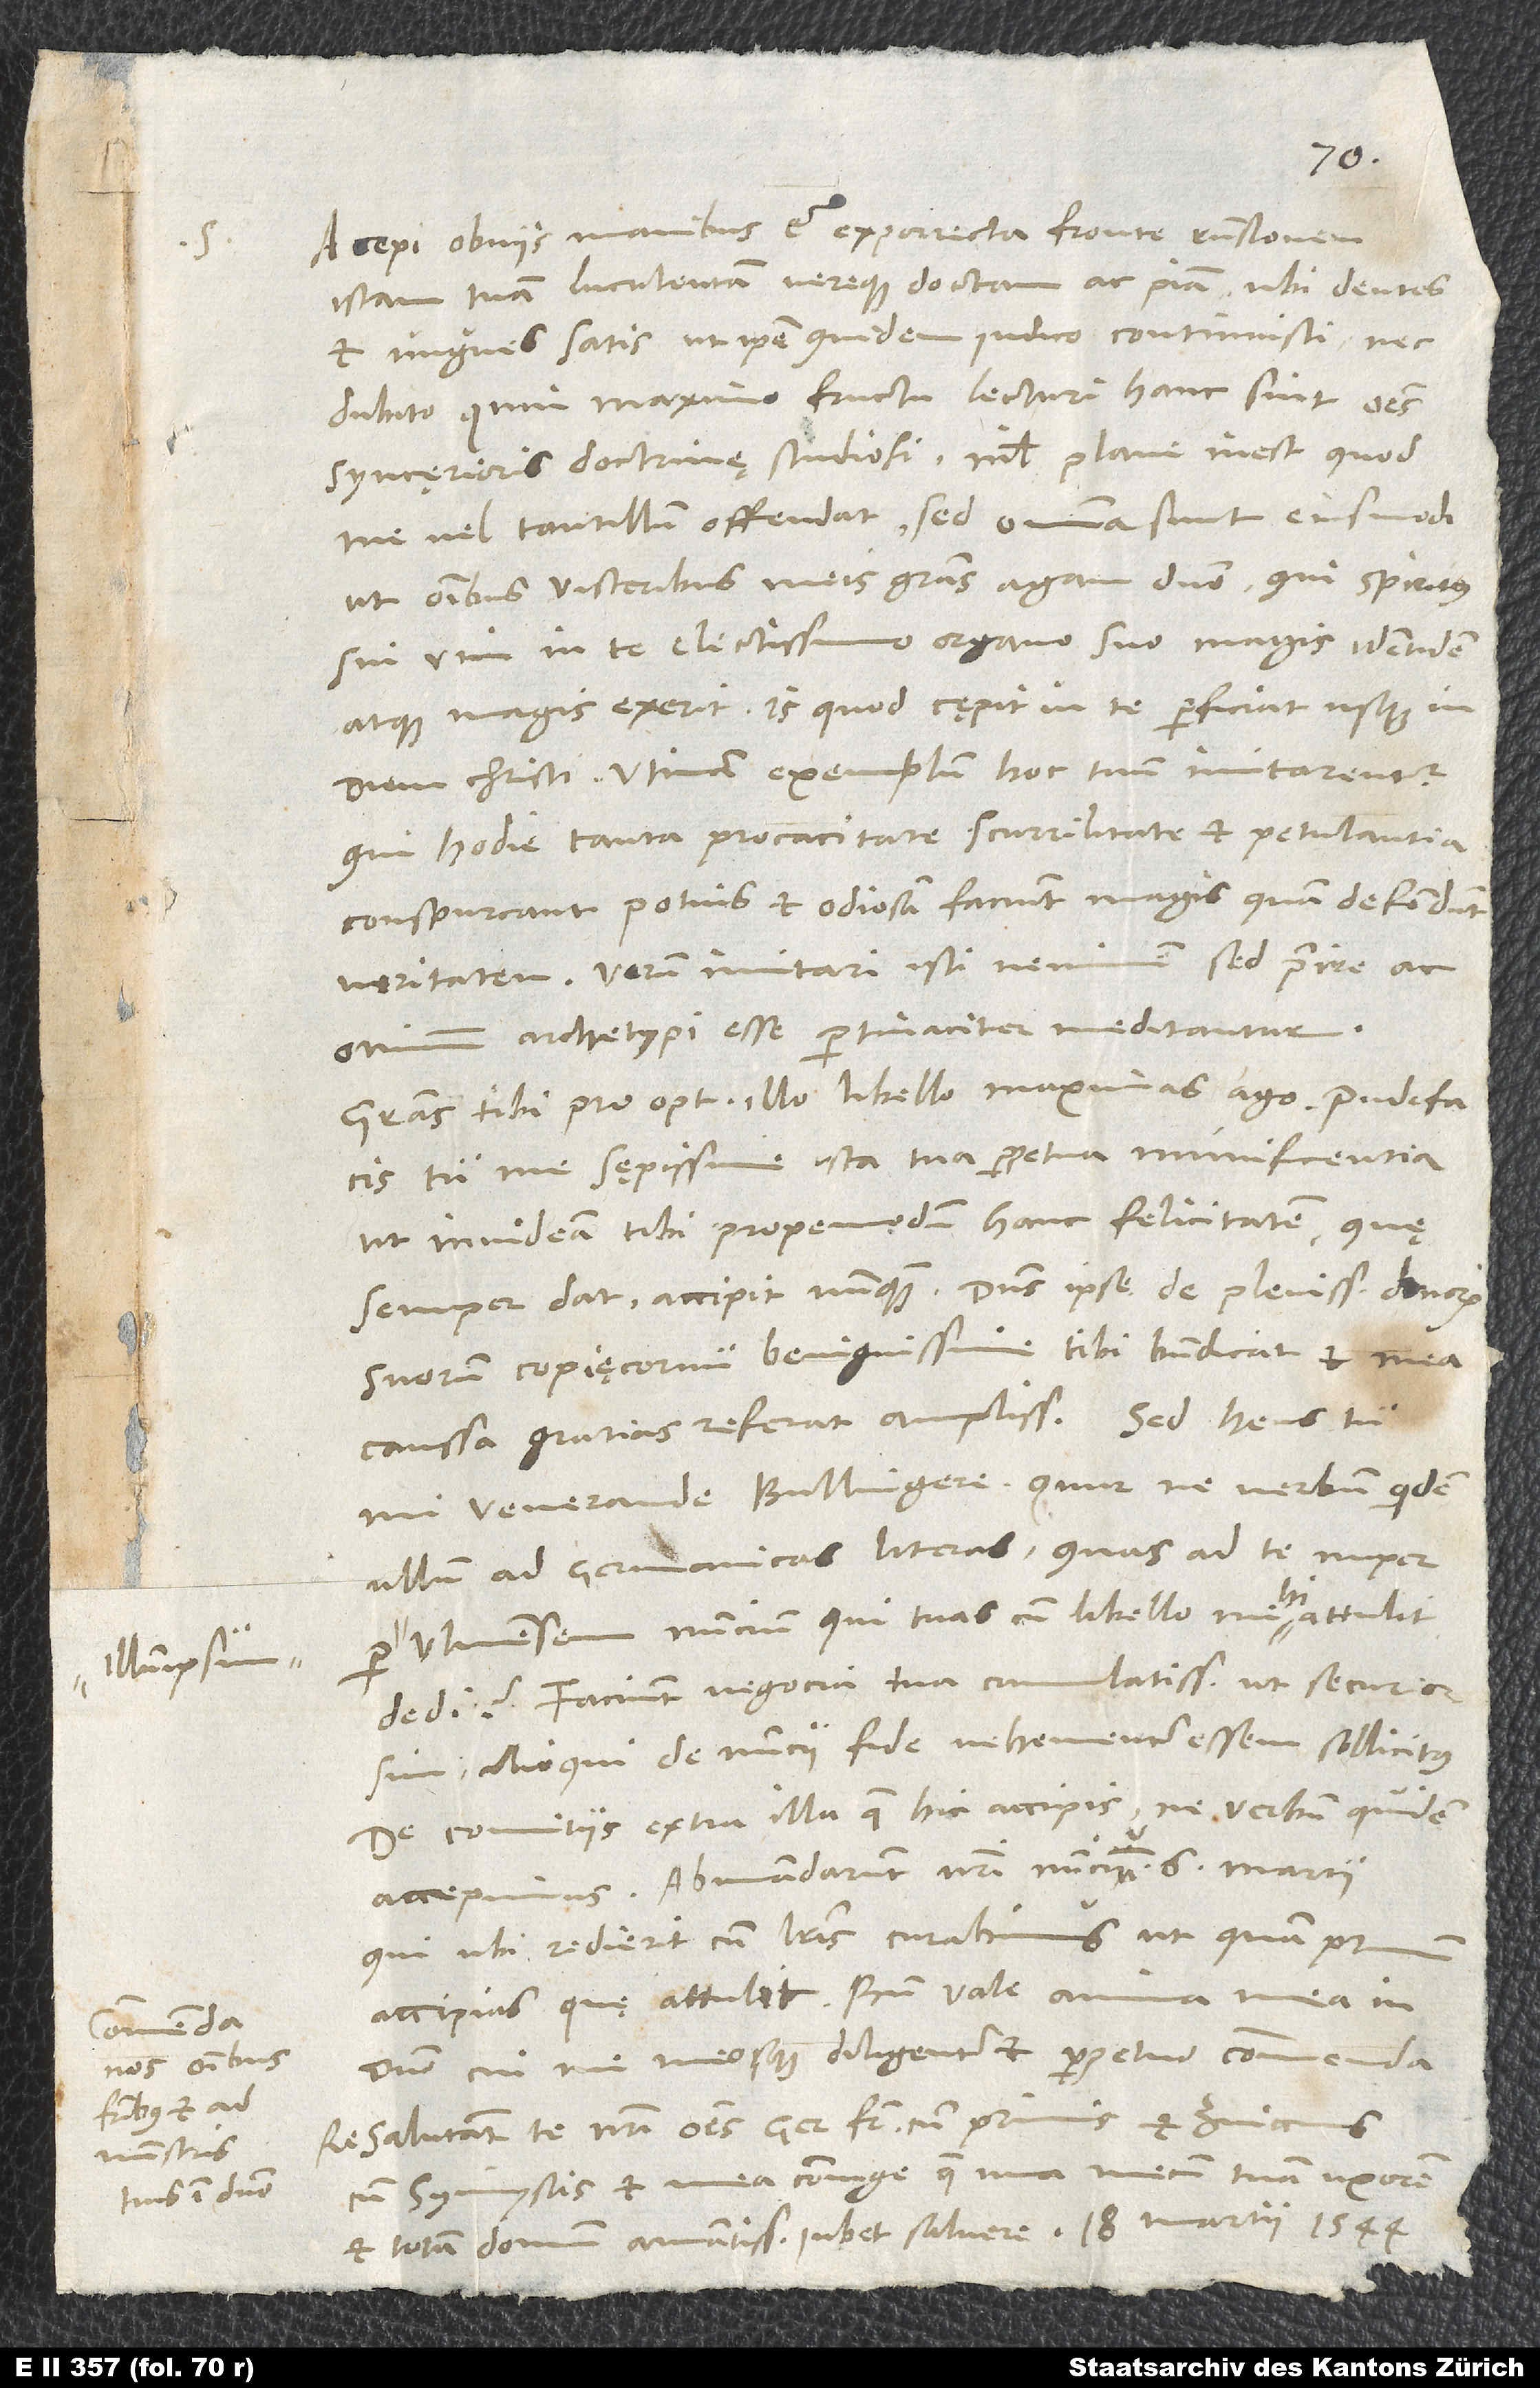
illumipsum
Commenda
nos omnibus
fratribus et
administris
tuis in domino.

S.

Accepi obviis manibus et exporrecta fronte responsionem
istam tuam luculentam vereque doctam ac piam, ubi dentes
et ungues satis, ut ipse quidem iudico, continuisti, nec
dubito, quin maximo fructu lecturi hanc sint omnes
syncerioris doctrinę studiosi. Nihil plane inest, quod
me vel tantillum offendat; sed omnia sunt eiusmodi,
ut omnibus visceribus meis gratias agam domino, qui spiritus
sui vim in te, electissimo organo suo, magis identidem
atque magis exerit. Is, quod cępit in te, perficiat usque in
qui hodie tanta procacitate, scurrilitate et petulantia
conspurcant potius et odiosam faciunt magis quam defendunt
veritatem! Verum imitari isti neminem, sed praeire ac
omnium archetypi esse pertinaciter meditantur.
Gratias tibi pro optimo illo libello maximas ago. Pudefacis
tu me sępissime ista tua perpetua munificentia,
ut invideam tibi propemodum hanc felicitatem, quę
suorum copięcornu benignissime tibi benedicat et mea
caussa gratias referat amplissimas.
mi venerande Bullingere, quur ne verbum quidem
ullum ad Germanicas literas, quas ad te nuper
Ulmensem nuncium, qui tuas cum libello mihi attulit,
dedi? Faciunt negocia tua cumulatissima, ut securior
sim; alioqui de nuncii fide vehementer essem sollicitus.
De comitiis extra illa, quae hic accipis, ne verbum quidem
accepimus. Abmandarunt nostri nuncium 6. martii;
qui ubi redierit cum literis, curabimus, ut quam primum
domino, cui me meosque diligenter et perpetuo commenda.
Salutant te nostri omnes, germanus frater cumprimis et Zviccius
cum symmystis et mea coniuge, quae una mecum tuam uxorem
et totam domum amantissime iubet salvere. 18. martii 1544.